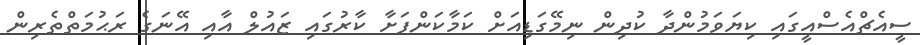
ސީއެޗްއެސްއީގައި ކިޔަވަމުންދާ ކުދިން ނިމޭގަޑިއަށް ކަމާކަންފަށާ ކާރުގައި ޒައުލް އާއި އޭނަގެ ރަޙުމަތްތެރިން